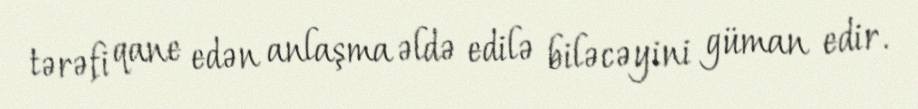
tərəfi qane edən anlaşma əldə edilə biləcəyini güman edir.